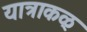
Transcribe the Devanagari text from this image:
यात्राकळ्